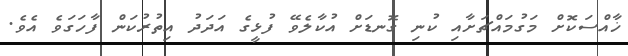
ޚާއްސަކޮށް މަގުމައްޗަށާއި ކުނި ގޮނޑަށް އުކާލެވޭ ފުޅީގެ އަދަދު އިތުރުކަން ފާހަގަވެ އެވެ.